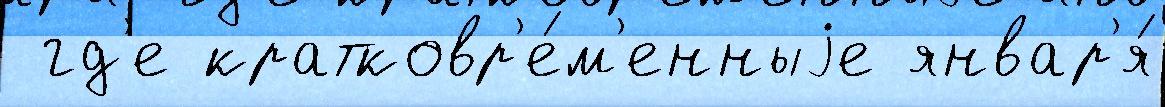
 гд'е кратковр'е́м'енныjе январ'я́